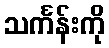
သင်္ကန်းကို